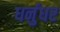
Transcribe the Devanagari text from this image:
धर्नुधर